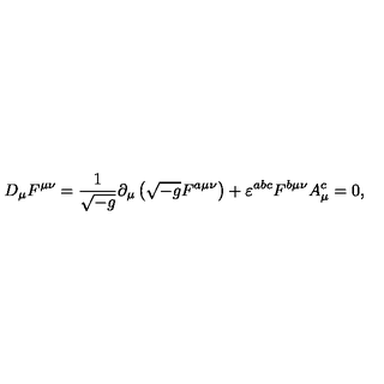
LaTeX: D _ { \mu } F ^ { \mu \nu } = \frac { 1 } { \sqrt { - g } } \partial _ { \mu } \left( \sqrt { - g } F ^ { a \mu \nu } \right) + \varepsilon ^ { a b c } F ^ { b \mu \nu } A _ { \mu } ^ { c } = 0 ,